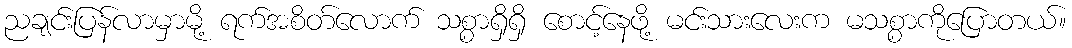
ညချင်းပြန်လာမှာမို့ ရက်အစိတ်လောက် သစ္စာရှိရှိ စောင့်နေဖို့ မင်းသားလေးက မသစ္စာကိုပြောတယ်။